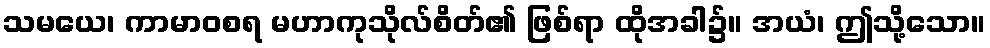
သမယေ၊ ကာမာဝစရ မဟာကုသိုလ်စိတ်၏ ဖြစ်ရာ ထိုအခါ၌။ အယံ၊ ဤသို့သော။